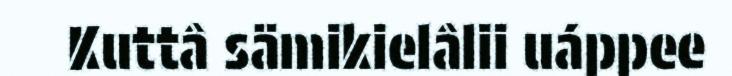
Kuttâ sämikielâlii uáppee